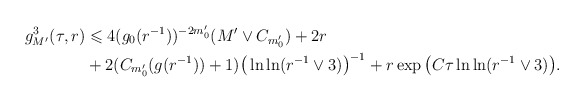
\begin{align*} g_{M'}^3(\tau,r) &\leqslant 4(g_0(r^{-1}))^{-2m'_0}(M'\vee C_{m'_0})+2r \\ &+2(C_{m'_0}(g(r^{-1}))+1) \big(\ln\ln(r^{-1}\vee 3)\big)^{-1} +r\exp\big(C\tau\ln\ln (r^{-1}\vee3)\big). \end{align*}